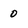
Character: 0